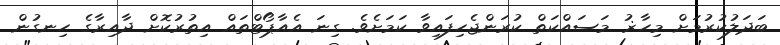
ބަދަލުކުރުމަށް މިހާޜު މަސައްކަތް ކުރަންޖެހިފައިވާ ކަމަށެވެ. ގިނަ އެއާޕޯޓްތައް އިތުރުކޮށް ދާއިރާގެ ހިނގުން